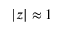
\left| z \right| \approx 1